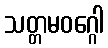
သတ္တမဝဂ္ဂေါ